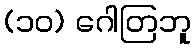
(၁၀) ဂေါတြဘူ